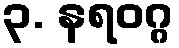
၃. နရဝဂ္ဂ